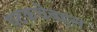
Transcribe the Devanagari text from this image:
पटकथेबद्दल